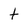
Character: t